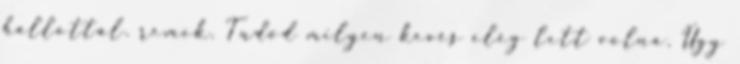
hallottál. remek. Tudod milyen kevés elég lett volna. Úgy